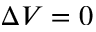
\Delta V = 0